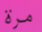
مرة